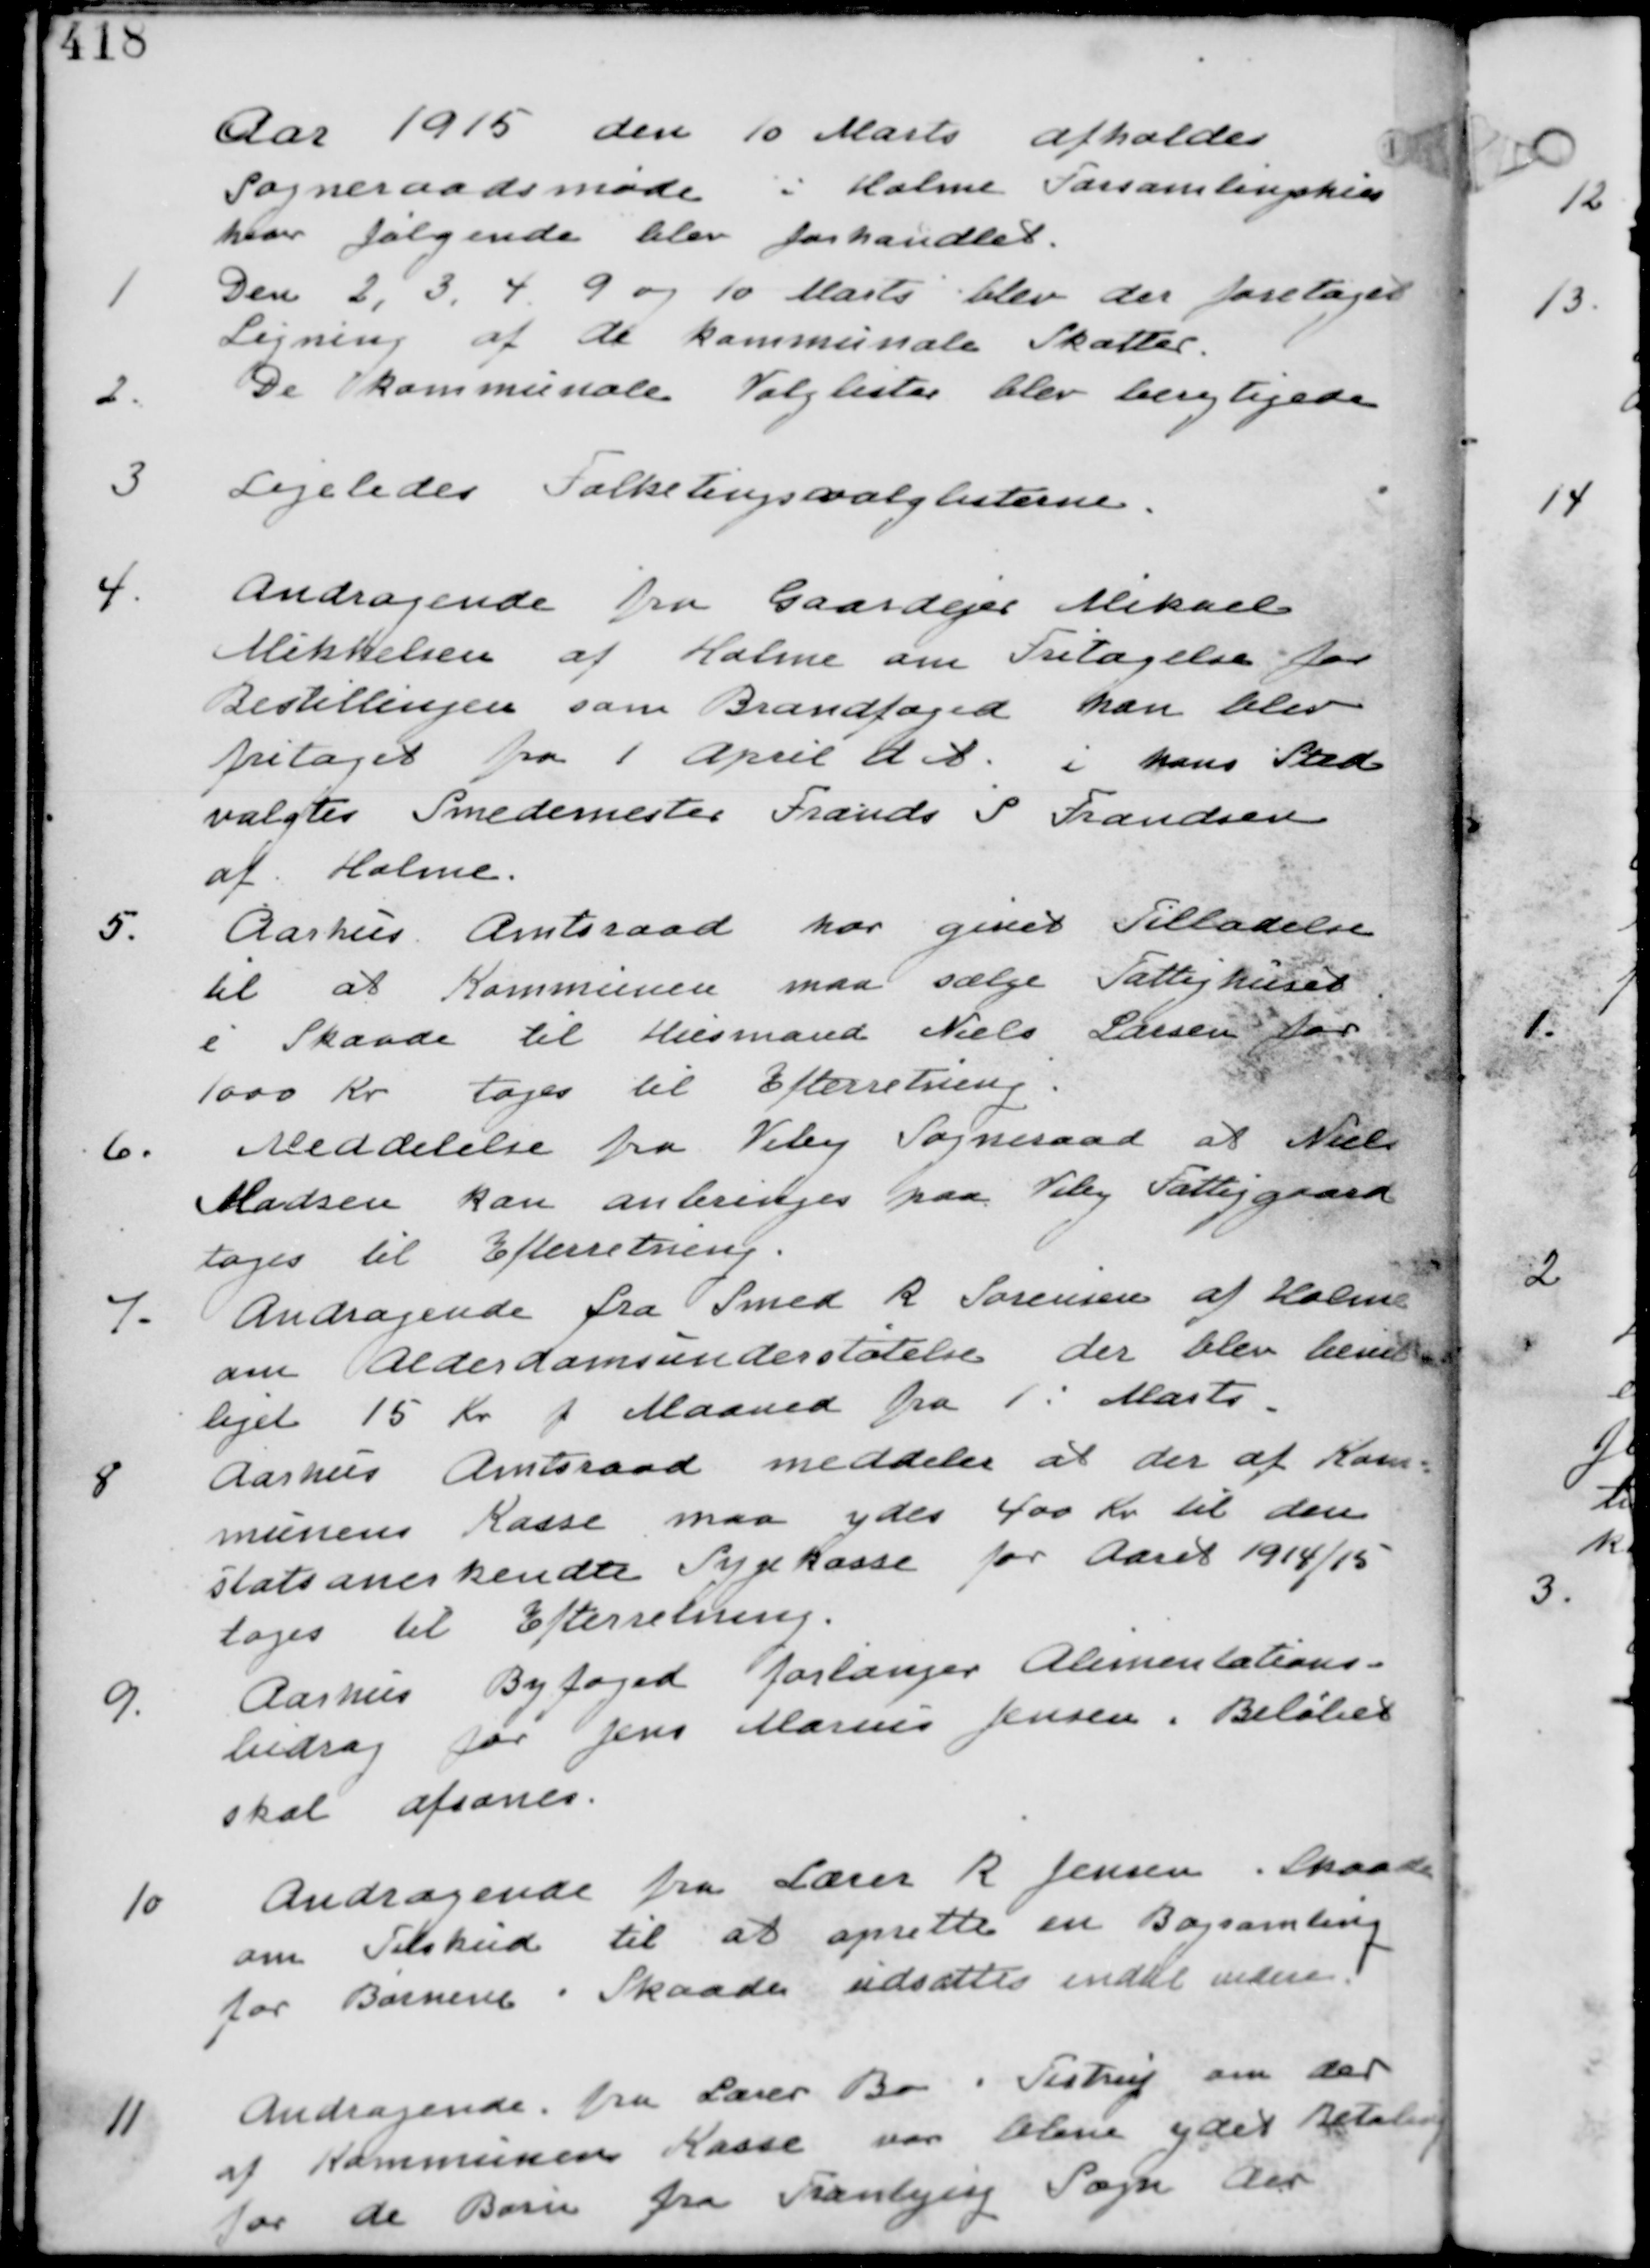
Transskription:
Aar 1915 den 10 Marts afholdes
Sogneraadsmøde i Holme Forsamlingshus
hvor følgende blev forhandlet.

1
Den 2, 3, 4, 9 og 10 Marts blev der foretaget
Ligning af de kommunale Skatter.

2.
De kommunale Valglister blev berigtigede

3 Ligeledes Folketingsvalglisterne.

4
Andragende fra Gaardejer Mikael
Mikkelsen af Holme om Fritagelse for
Bestillingen som Brandfoged han blev
fritaget fra 1 April d A. i hans Sted
valgtes Smedemester Frands S Frandsen
af Holme

5.
Aarhus Amtsraad har givet Tilladelse
til at Kommunen maa sælge Fattighuset
i Skaade til Husmand Niels Larsen for
1000 Kr tages til Efterretning

6. Meddelelse fra Viby Sogneraad at Niels
Madsen kan anbringes paa Viby Fattiggaard
tages til Efterretning

7.
Andragende fra Smed R Sørensen af Holme
om Alderdomsunderstøtelse der blev bevil-
liget 15 Kr p Maaned fra 1 Marts.

8
Aarhus Amtsraad meddeler at der af Kom-
munens Kasse maa ydes 400 Kr til den
Statsanerkendte Sygekasse for Aaret 1914/15
tages til Efterretning.

9.
Aarhus Byfoged forlanger Alumentations-
bidrag for Jens Marius Jensen i. Beløbet
skal afsones.

10
Andragende fra Lærer R Jensen i Skaade
om Tilskud til at oprette en Bogsamling
for Børnene i Skaade udsættes indtil videre.

11
Andragende fra Lærer Bo i Testrup om der
af Kommunens Kasse var blevet ydet Betaling
for de Børn fra Tranbjerg Sogn der